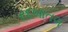
રદબાતલ